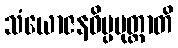
သံယောဇနဝိပ္ပမုတ္တာတိ